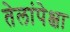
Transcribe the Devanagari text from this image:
तेलांपेक्षा